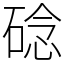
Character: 䂼